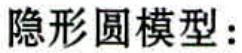
隐形圆模型：